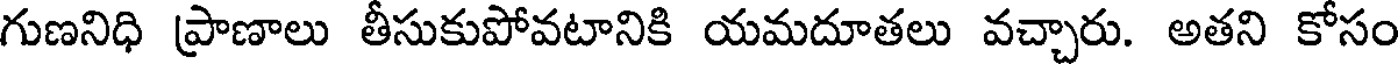
గుణనిధి ప్రాణాలు తీసుకుపోవటానికి యమదూతలు వచ్చారు. అతని కోసం